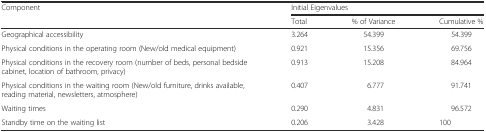
| <ROWSPAN=2> Component | <COLSPAN=3> Initial Eigenvalues |
 | Total | % of Variance | Cumulative % |
 | --- | --- | --- | --- |
 | Geographical accessibility | 3.264 | 54.399 | 54.399 |
 | Physical conditions in the operating room (New/old medical equipment) | 0.921 | 15.356 | 69.756 |
 | Physical conditions in the recovery room (number of beds, personal bedside cabinet, location of bathroom, privacy) | 0.913 | 15.208 | 84.964 |
 | Physical conditions in the waiting room (New/old furniture, drinks available, reading material, newsletters, atmosphere) | 0.407 | 6.777 | 91.741 |
 | Waiting times | 0.290 | 4.831 | 96.572 |
 | Standby time on the waiting list | 0.206 | 3.428 | 100 |